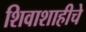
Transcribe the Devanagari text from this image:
शिवाशाहीचे